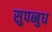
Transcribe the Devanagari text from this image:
सुपब्बुध